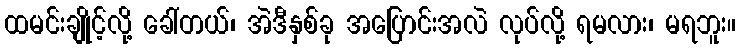
ထမင်းချိုင့်လို့ ခေါ်တယ်၊ အဲဒီနှစ်ခု အပြောင်းအလဲ လုပ်လို့ ရမလား၊ မရဘူး။